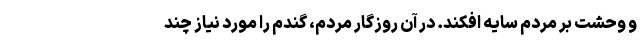
و وحشت بر مردم سایه افکند. در آن روزگار مردم، گندم را مورد نیاز چند